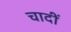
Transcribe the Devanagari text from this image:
चादीं